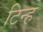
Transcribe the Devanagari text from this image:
टिन्ह